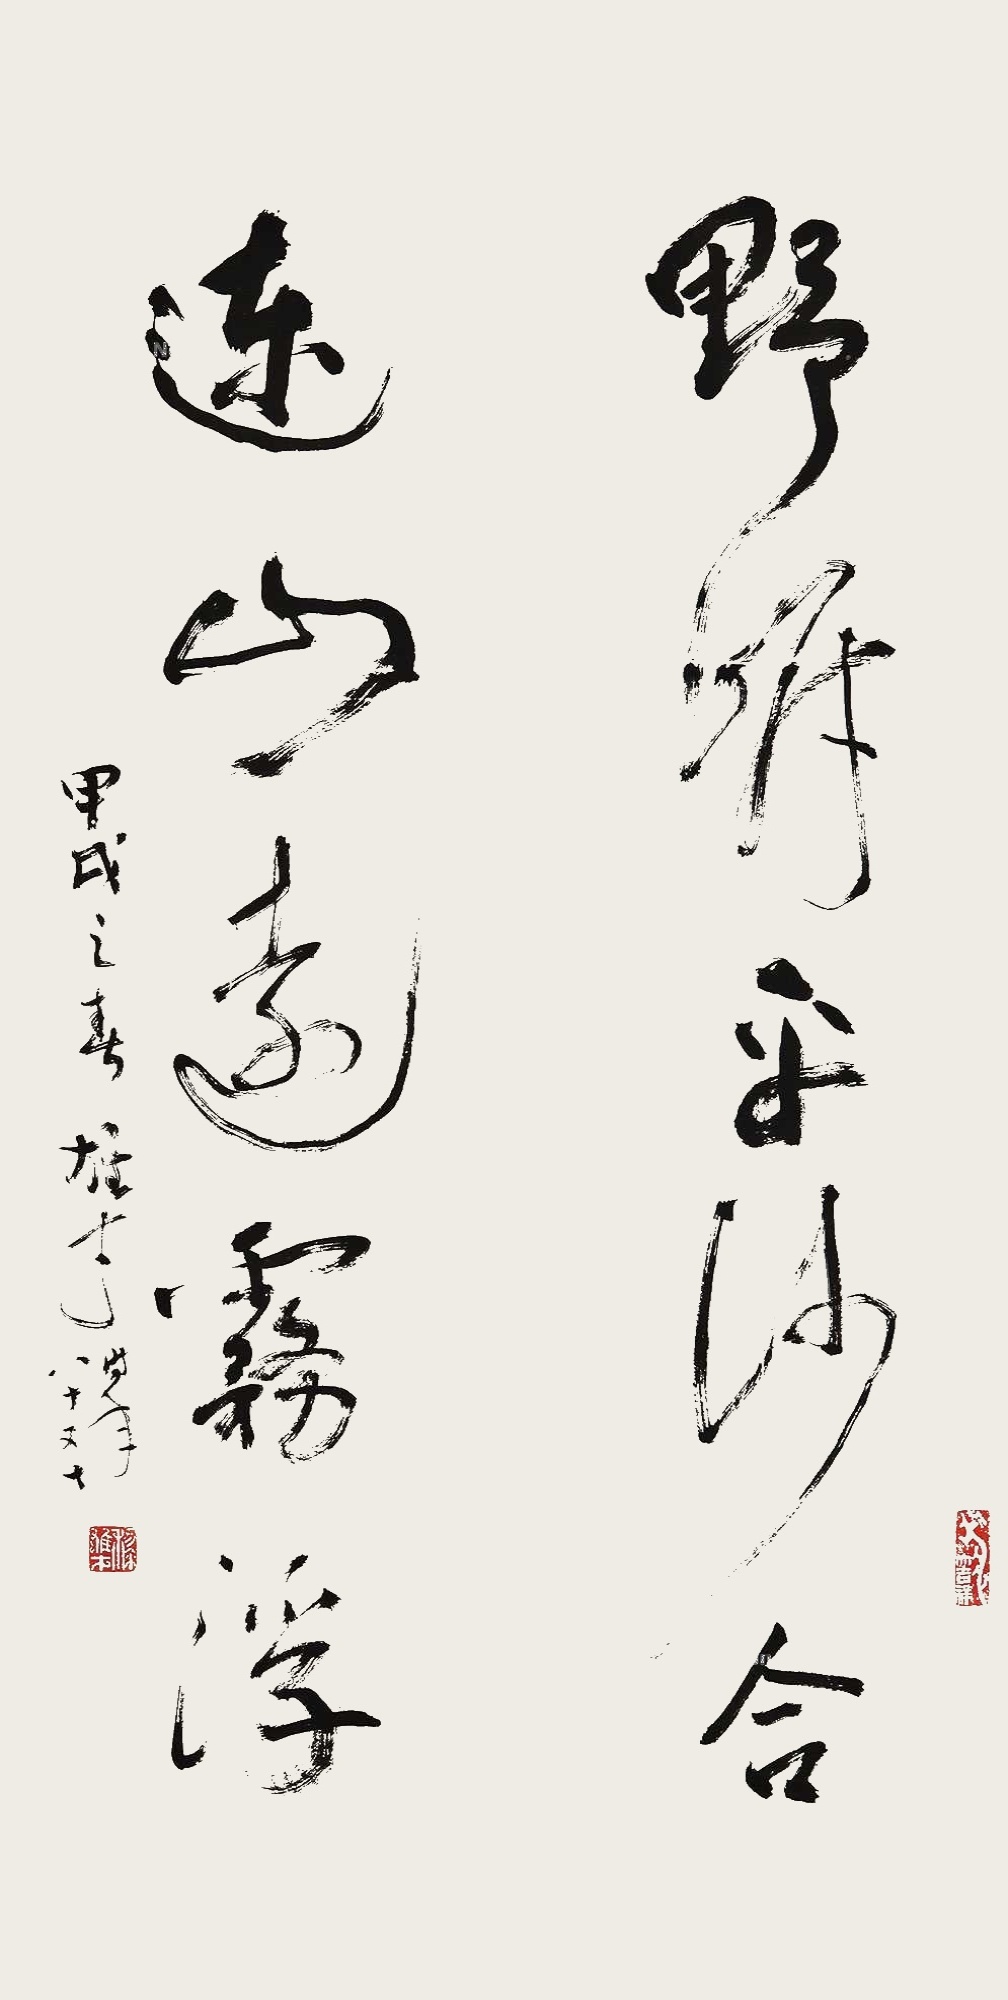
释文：野岸平沙合，连山远雾浮。甲戌之春，雄才时年八十又七。